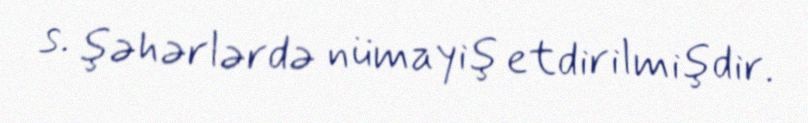
s. şəhərlərdə nümayiş etdirilmişdir.